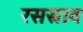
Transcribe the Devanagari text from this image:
रसस्राव